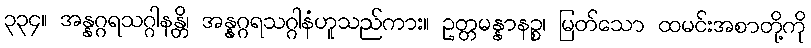
၃၃၄။ အန္နဂ္ဂရသဂ္ဂါနန္တိ၊ အန္နဂ္ဂရသဂ္ဂါနံဟူသည်ကား။ ဥတ္တမန္နာနဉ္စ၊ မြတ်သော ထမင်းအစာတို့ကို